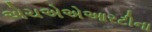
એચએએઆરટીના